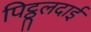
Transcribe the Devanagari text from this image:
पिट्ठूलदाई